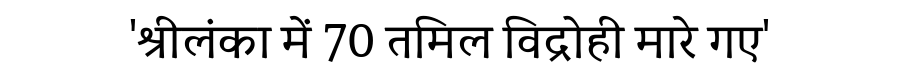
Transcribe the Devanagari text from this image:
'श्रीलंका में 70 तमिल विद्रोही मारे गए'